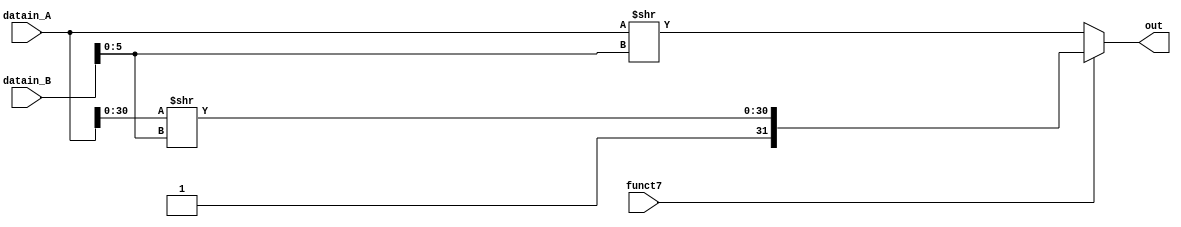
`ifndef __SRA_SRL__
 `define __SRA_SRL__

module sra_srl(funct7, datain_A, datain_B, out);
   parameter WIRE = 32;
   input [WIRE-1:0] datain_A, datain_B;
   input	    funct7;
   output [WIRE-1:0] out;

   assign out = funct7 ?
		{1'b1, (datain_A[WIRE-2:0] >> datain_B[5:0])}
		:
		datain_A >> datain_B[5:0];
endmodule

`endif